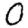
Digit: 0